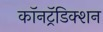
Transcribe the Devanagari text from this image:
कॉनट्रॅडिक्शन